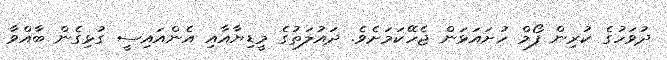
ދުވަހުގެ ކުރިން ފޯމް ހުށައަޅަން ޖެހޭކަމަށެވެ. ދައުލަތުގެ މީޑިޔާއާއި އެންއައިސީ ގުޅިގެން ބާއްވާ